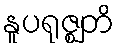
နူပရုဇ္ဈတိ